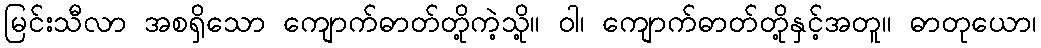
မြင်းသီလာ အစရှိသော ကျောက်ဓာတ်တို့ကဲ့သို့။ ဝါ၊ ကျောက်ဓာတ်တို့နှင့်အတူ။ ဓာတုယော၊